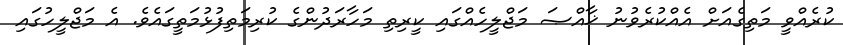
ކުރެއްވީ މަތިގެއަށް އެއްކުރެވުނު ޚާއްޞަ މަޖްލީހެއްގައި ކީރިތި މަހާރަދުންގެ ކުރިމަތިފުޅުމަތީގައެވެ. އެ މަޖްލީހުގައި